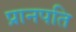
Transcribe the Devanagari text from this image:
प्रानपति